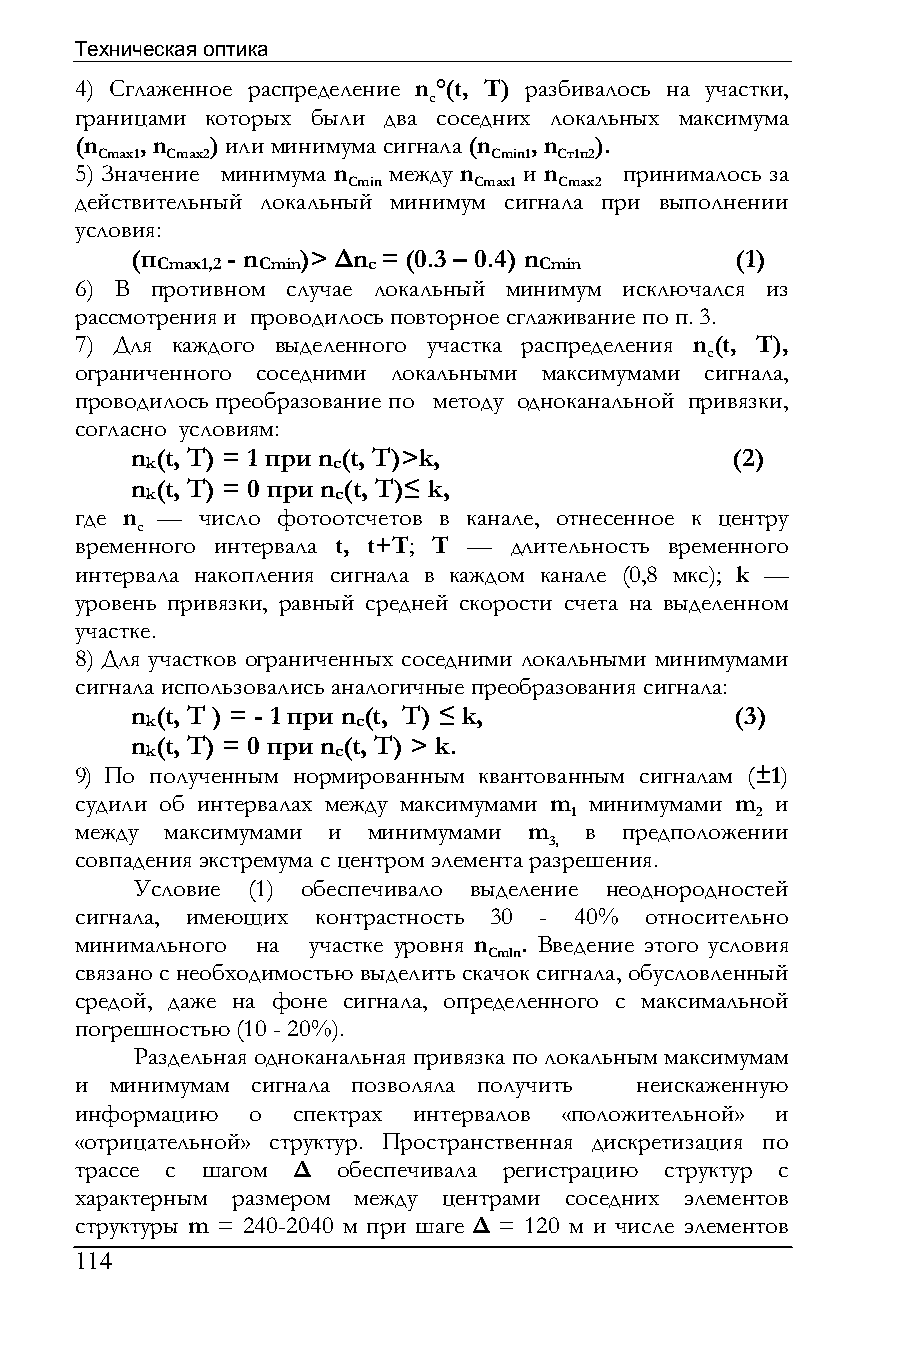
Техническая оптика
 4) Сглаженное распределение n °(t, T) разбивалось на участки,
 c
 границами которых были два соседних локальных максимума
 (n  , n  ) или минимума сигнала (n , n ).
 Сmax1 Cmax2               Cmin1 Cт1п2
 5) Значение минимума n между n и n  принималось за
 Cmin    Сmax1 Сmах2
 действительный локальный минимум сигнала при выполнении
 условия:
 (п    - n  )> ∆n = (0.3 – 0.4) n        (1)
 Сmах1,2 Cmin  c           Cmin
 6) В противном случае локальный минимум исключался из
 рассмотрения и проводилось повторное сглаживание по п. 3.
 7) Для каждого выделенного участка распределения n (t, T),
 c
 ограниченного соседними локальными максимумами сигнала,
 проводилось преобразование по методу одноканальной привязки,
 согласно условиям:
 n (t, T) = 1 при n (t, T)>k,           (2)
 k           c
 n (t, T) = 0 при n (t, T)≤ k,
 k           c
 где n — число фотоотсчетов в канале, отнесенное к центру
 c
 временного интервала t, t+T; T — длительность временного
 интервала накопления сигнала в каждом канале (0,8 мкс); k —
 уровень привязки, равный средней скорости счета на выделенном
 участке.
 8) Для участков ограниченных соседними локальными минимумами
 сигнала использовались аналогичные преобразования сигнала:
 n (t, T ) = - 1 при n (t, T) ≤ k,       (3)
 k             c
 n (t, T) = 0 при n (t, T) > k.
 k           c
 9) По полученным нормированным квантованным сигналам (±1)
 судили об интервалах между максимумами m минимумами m и
 1           2
 между максимумами и минимумами m  в предположении
 3,
 совпадения экстремума с центром элемента разрешения.
 Условие (1) обеспечивало выделение неоднородностей
 сигнала, имеющих контрастность 30 - 40% относительно
 минимального на участке уровня n . Введение этого условия
 Cmln
 связано с необходимостью выделить скачок сигнала, обусловленный
 средой, даже на фоне сигнала, определенного с максимальной
 погрешностью (10 - 20%).
 Раздельная одноканальная привязка по локальным максимумам
 и минимумам сигнала позволяла получить неискаженную
 информацию о  спектрах интервалов «положительной» и
 «отрицательной» структур. Пространственная дискретизация по
 трассе с шагом ∆ обеспечивала регистрацию структур с
 характерным размером между центрами соседних элементов
 структуры m = 240-2040 м при шаге ∆ = 120 м и числе элементов
 114